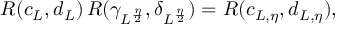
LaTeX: R ( c _ { L } , d _ { L } ) \, R ( \gamma _ { L ^ { \frac { \eta } { 2 } } } , \delta _ { L ^ { \frac { \eta } { 2 } } } ) = R ( c _ { L , \eta } , d _ { L , \eta } ) ,